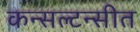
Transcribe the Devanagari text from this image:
कन्सल्टन्सीत